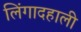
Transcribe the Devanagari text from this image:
लिंगादहाली